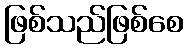
ဖြစ်သည်ဖြစ်စေ